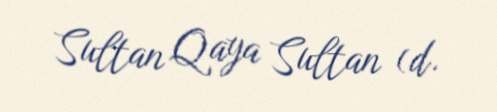
Sultan Qaya Sultan (d.